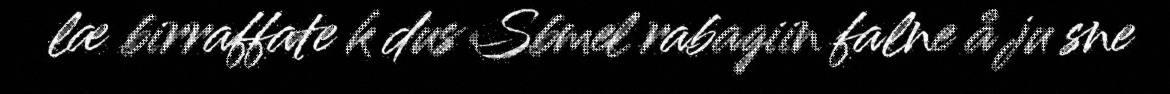
læ birraffate k dus Sbmel rabagiin falne å ju sne